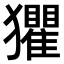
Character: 𤣓